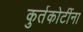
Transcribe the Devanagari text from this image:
कुर्तकोटींना